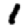
Digit: 1